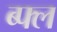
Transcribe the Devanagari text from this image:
ब्फ्ल